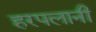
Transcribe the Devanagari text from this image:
हरपलानी